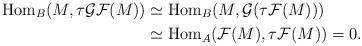
LaTeX: \begin{align*}\mathrm{Hom}_B(M, \tau \mathcal{GF}(M)) &\simeq \mathrm{Hom}_B(M, \mathcal{G}(\tau \mathcal{F}( M))) \\& \simeq \mathrm{Hom}_A(\mathcal{F}(M), \tau \mathcal{F}( M)) =0.\end{align*}